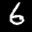
Label: 6